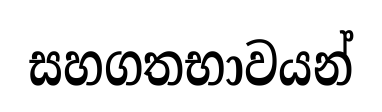
සහගතභාවයන්